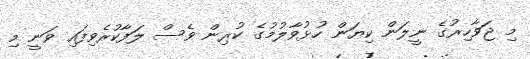
މި ޖަވާހިރުގެ ނީލަން ކިޔަން ހުޅުވާލުމުގެ ކުރިން ވެސް ލަފާކުރެވިފައި ވަނީ މި